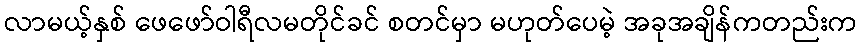
လာမယ့်နှစ် ဖေဖော်ဝါရီလမတိုင်ခင် စတင်မှာ မဟုတ်ပေမဲ့ အခုအချိန်ကတည်းက